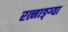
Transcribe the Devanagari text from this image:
रत्नाङ्ग्या